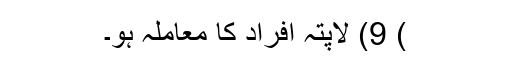
) 9) لاپتہ افراد کا معاملہ ہو۔